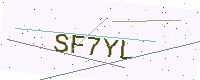
Text: SF7YL